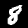
Digit: 8